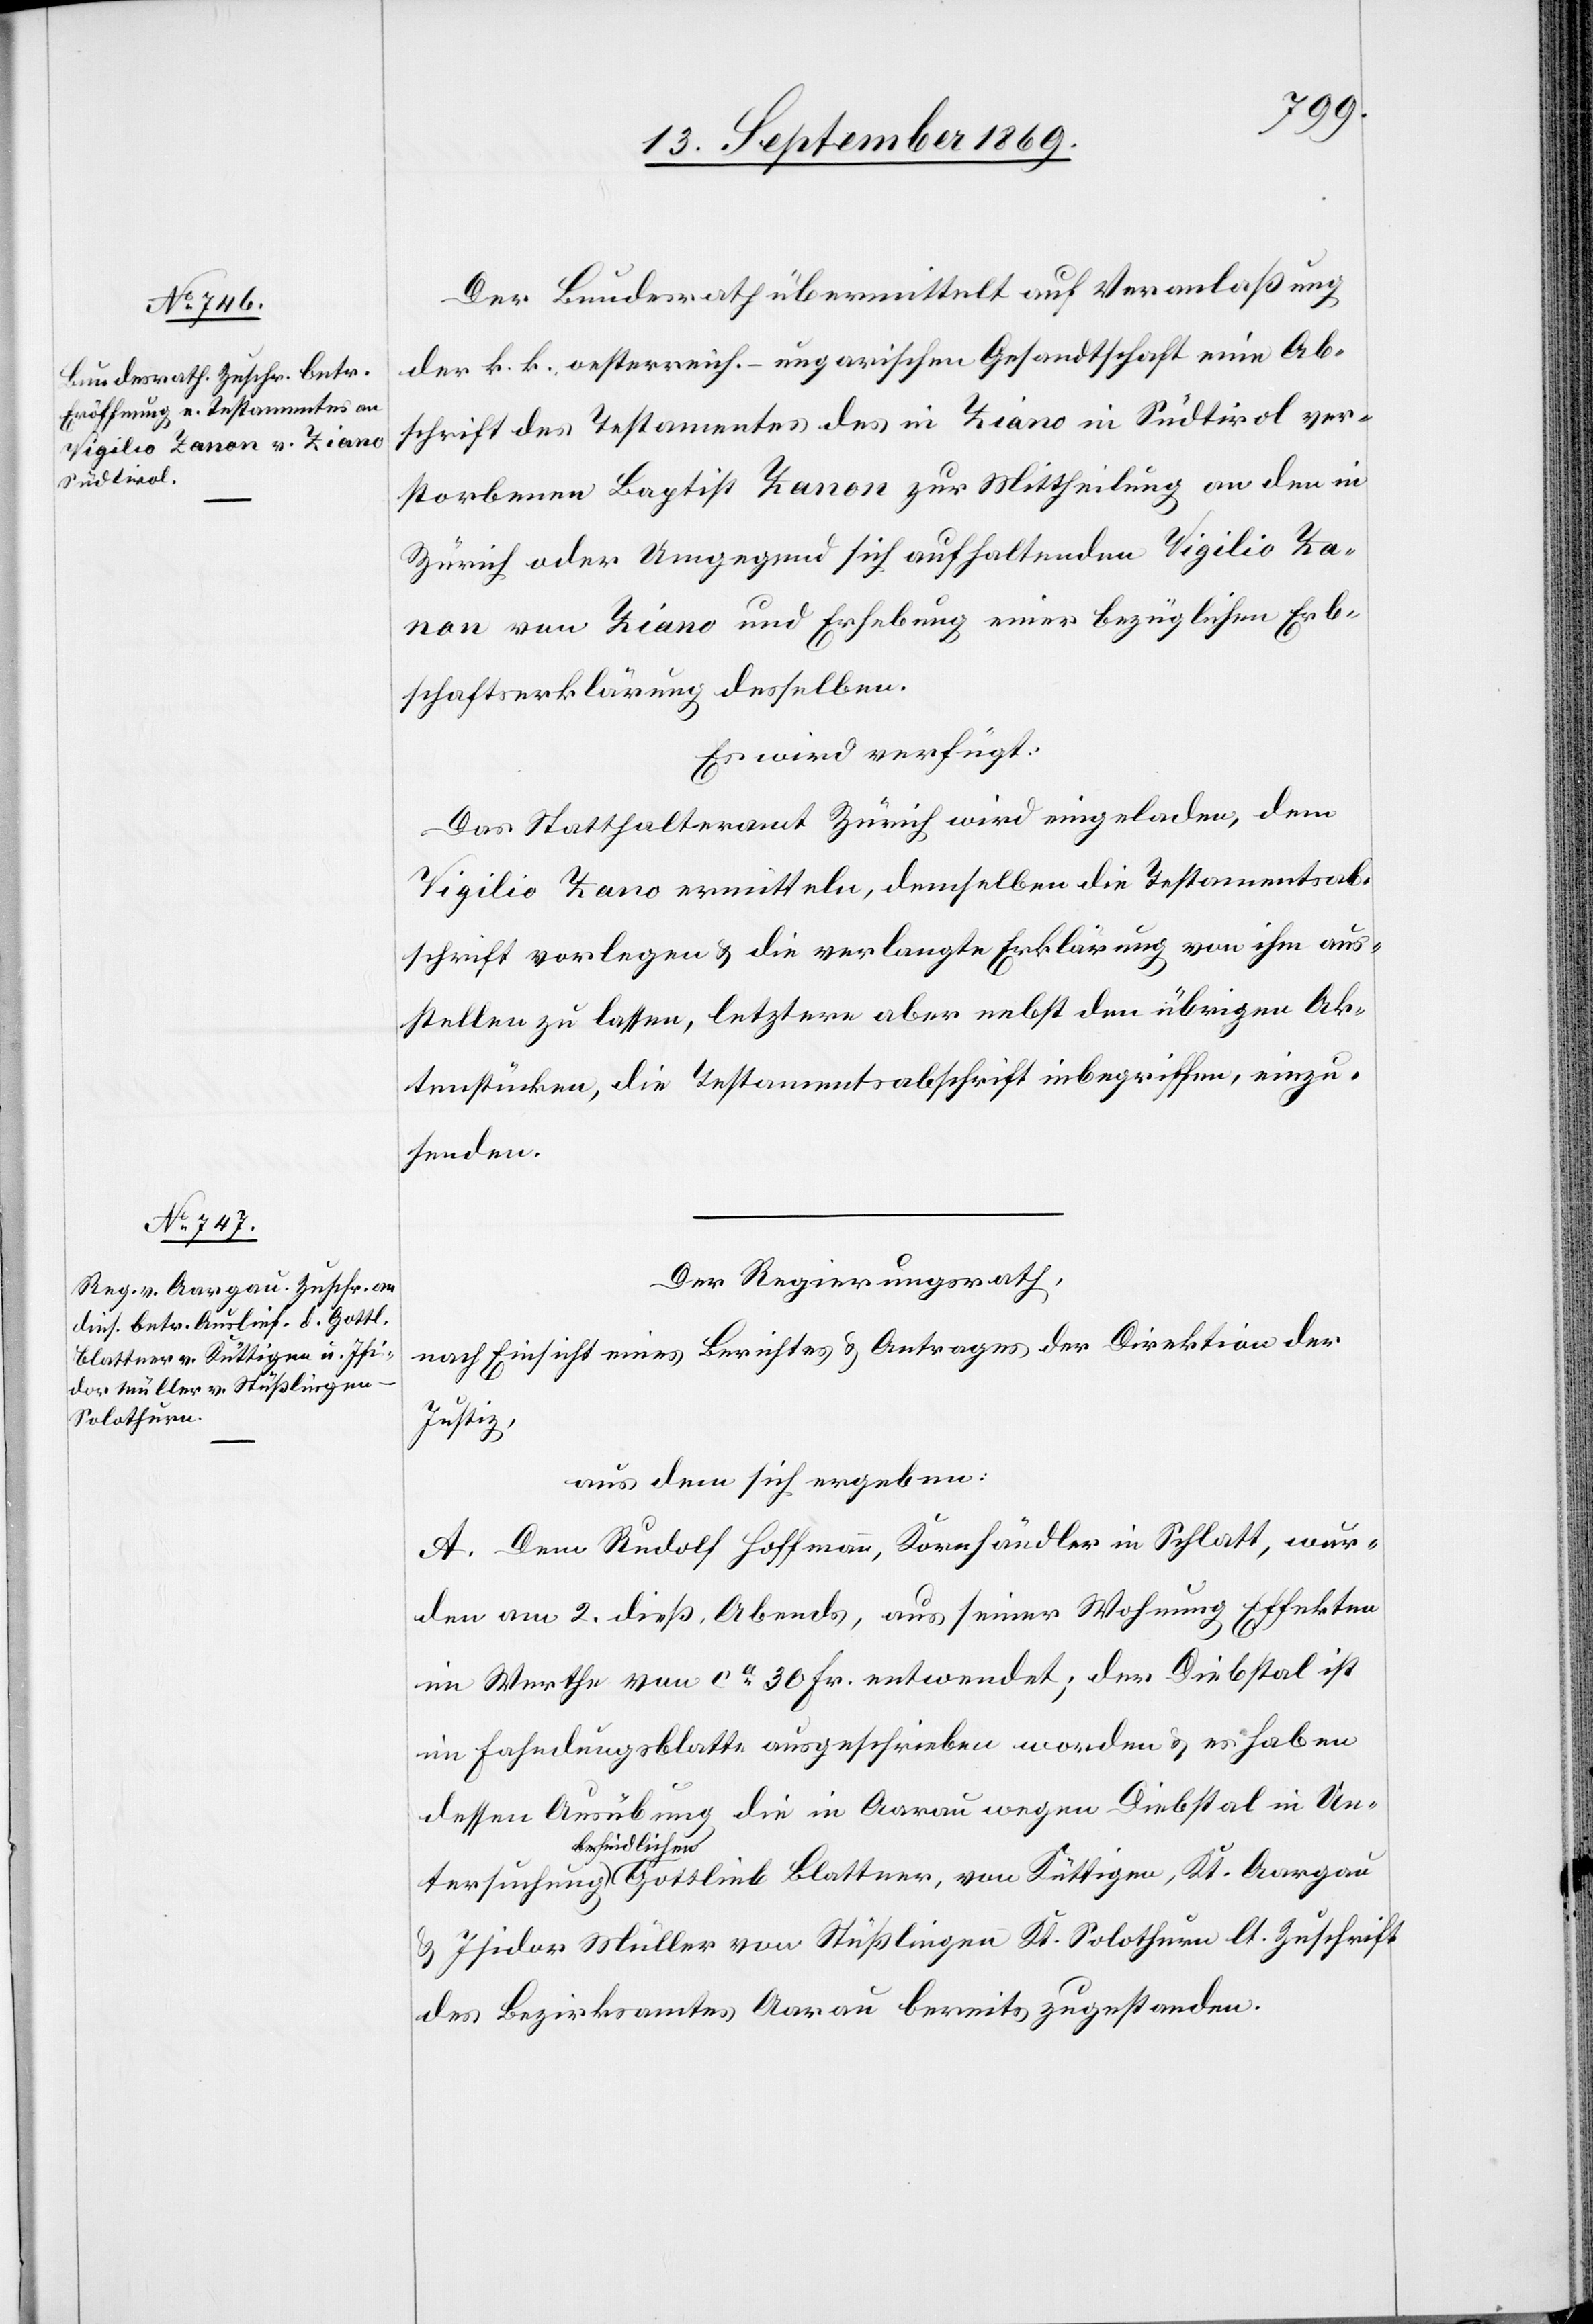
Blattner, von Küttigen, Kt. Aargau

15. September 1869.]
Der Bundesrath übermittelt auf Veranlaßung
der k. k. oesterreich.-ungarischen Gesandtschaft eine Ab¬
schrift des Testamentes des in Ziano in Südtirol ver¬
storbenen Baptist Zanon zur Mittheilung an den in
Zürich oder Umgegend sich aufhaltenden Vigilio Za¬
non von Ziano und Erhebung einer bezüglichen Erb¬
schaftserklärung desselben.
Es wird verfügt:
Das Statthalteramt Zürich wird eingeladen, dem
Vigilio Zano ermitteln, demselben die Testamentsab¬
schrift vorlegen & die verlangte Erklärung von ihm aus¬
stellen zu lassen, letztere aber nebst den übrigen Ak¬
tenstücken, die Testamentsabschrift inbegriffen, einzu¬
senden.
Der Regierungsrath,
nach Einsicht eines Berichtes & Antrages der Direktion der
Justiz,
aus dem sich ergeben:
A. Dem Rudolf Hoffmann, Kornhändler in Schlatt, wur¬
den am 2. dieß, Abends, aus seiner Wohnung Effekten
im Werthe von ca 30 Fr. entwendet; der Diebstal ist
im Fahndungsblatte ausgeschrieben worden & es haben
dessen Ausübung die in Aarau wegen Diebstal in Un¬
befindlichen
& Isidor Müller von Stüßlingen Kt. Solothurn lt. Zuschrift
des Bezirksamtes Aarau bereits zugestanden.